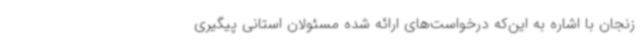
زنجان با اشاره به این‌که درخواست‌های ارائه شده مسئولان استانی پیگیری